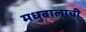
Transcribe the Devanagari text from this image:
मधुबालाची